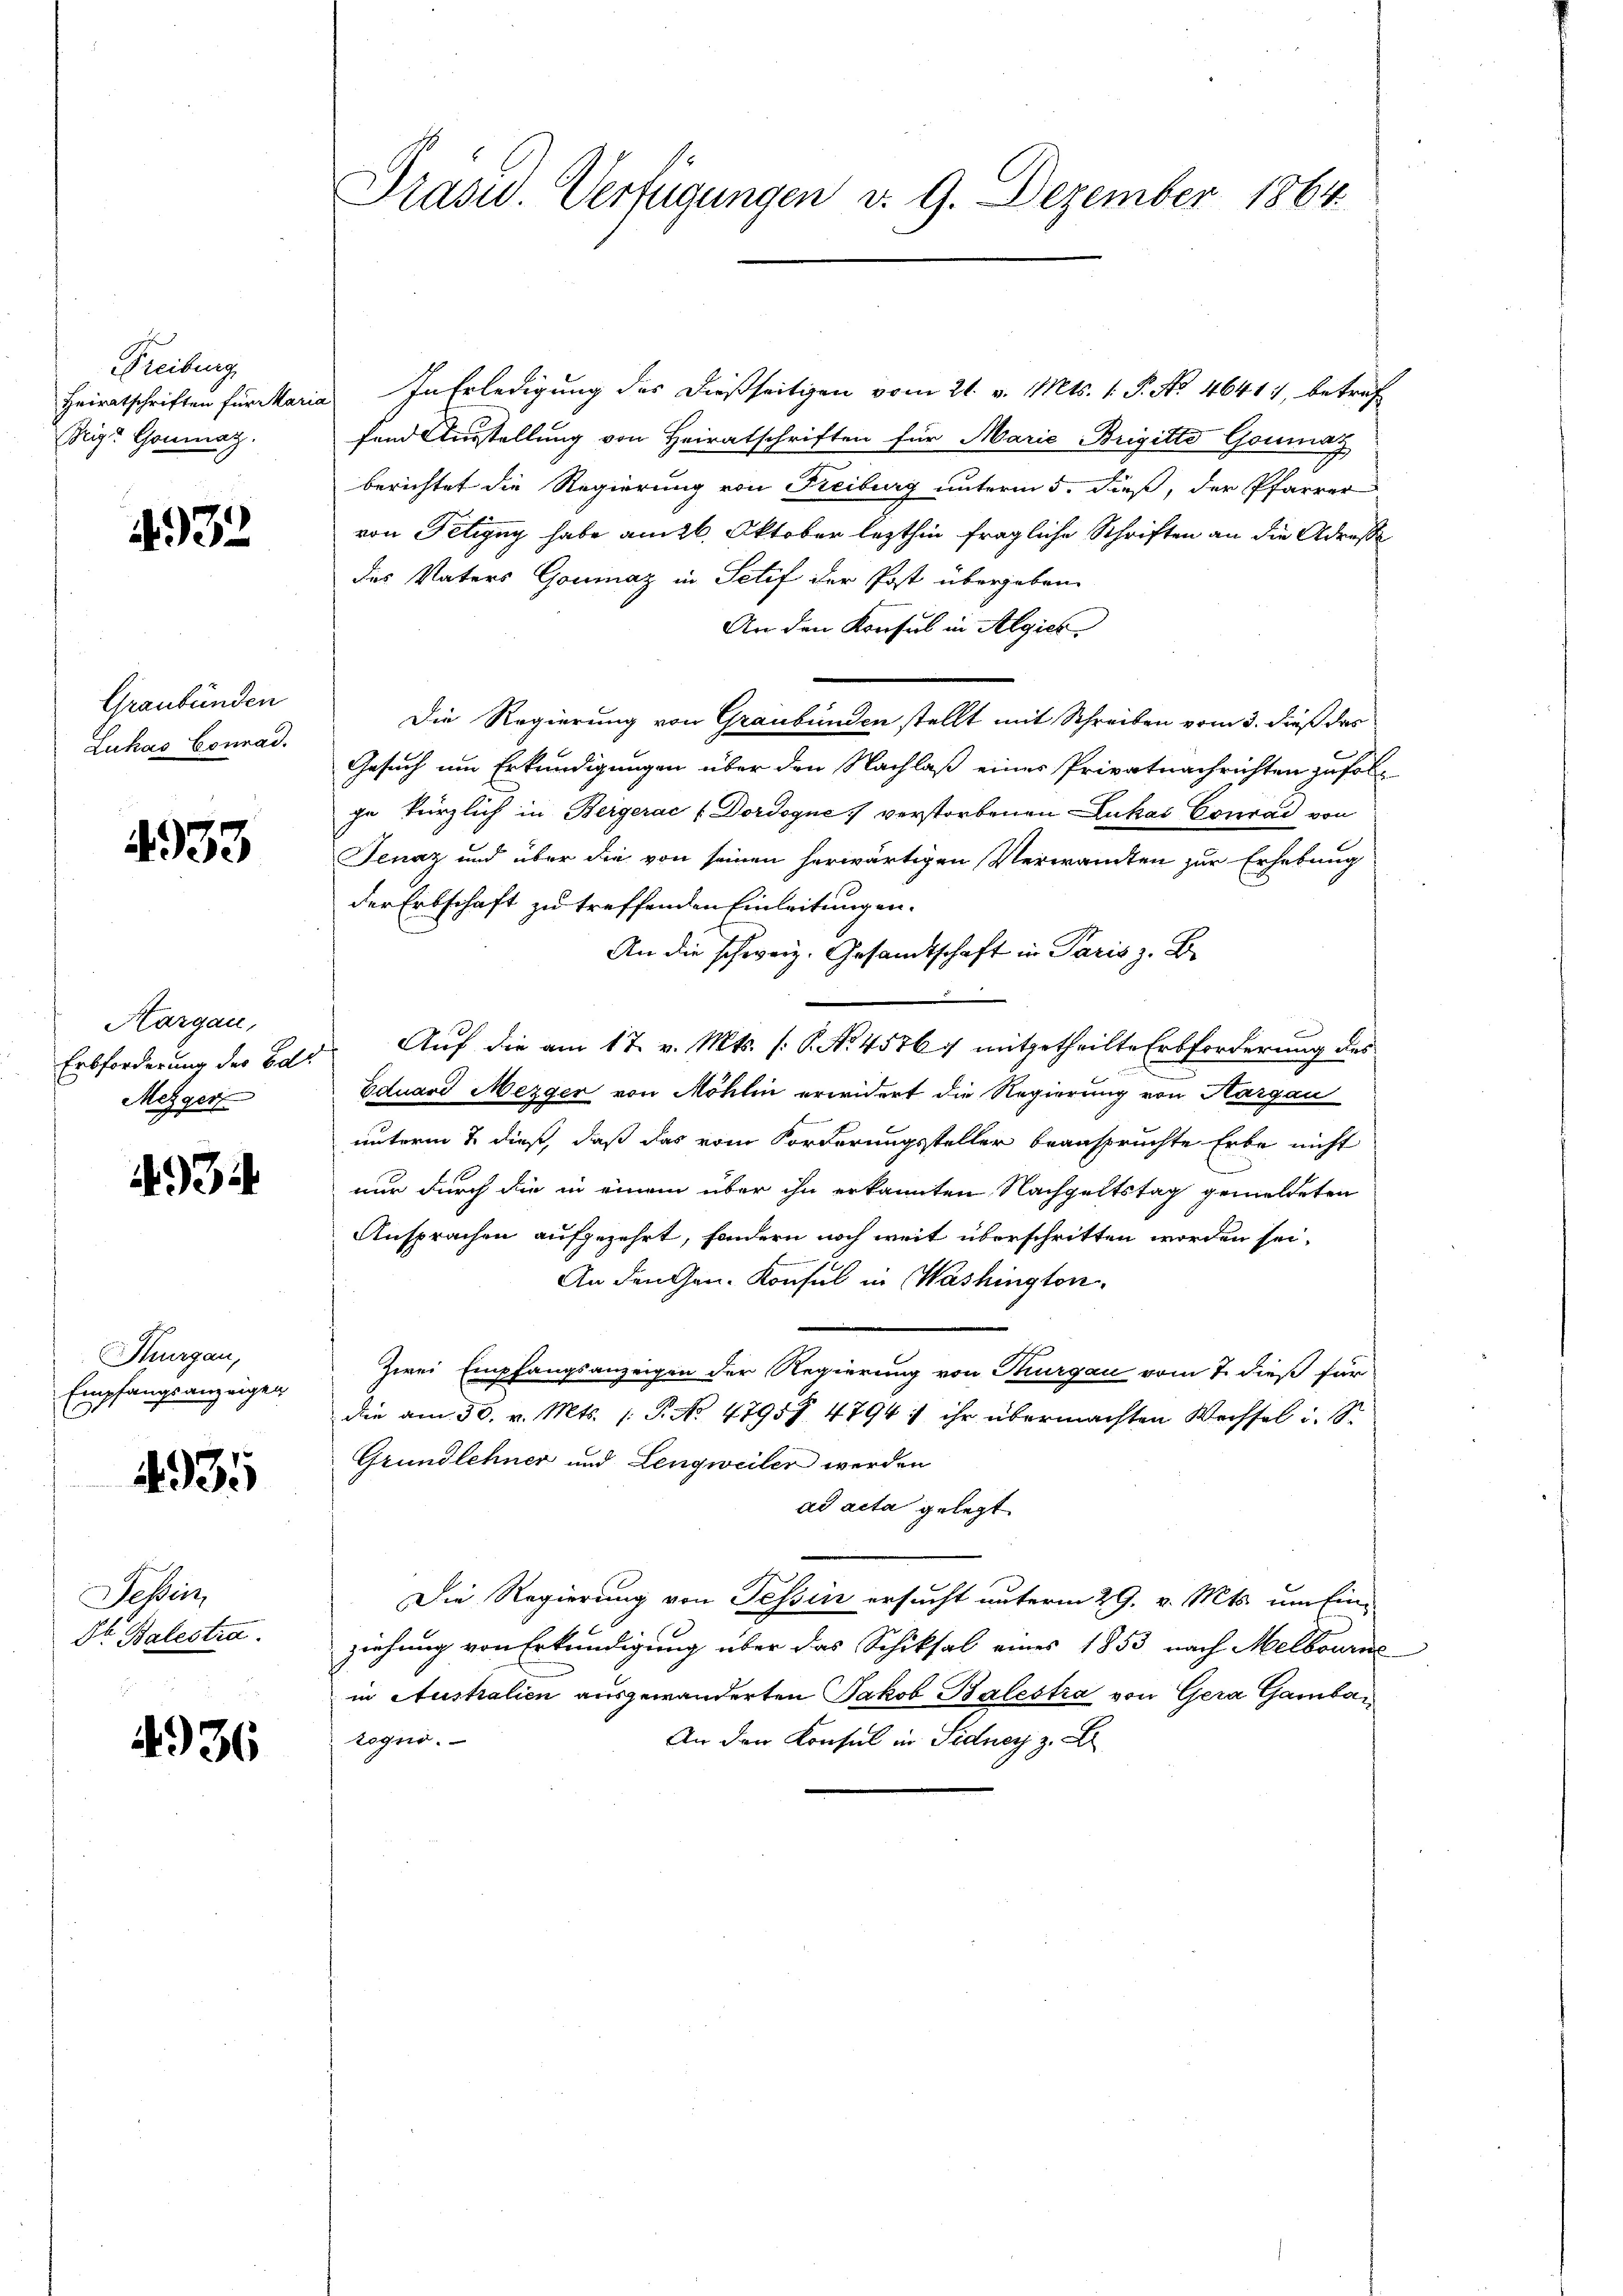
Freiburg
Heiratschriften für Marie
Teig: Gonmag.

4932

Graubünden
Lukas Conrad

4933

Hargau,
Erbforderung des Bd.
Metzger

3

Thurgau,
Empfangsanzeigen

4935

Tessin,
Dr. Balestra

4936

Prasw. Verfügungen v. 9. Dezember 1864.

In Erledigung des dießseitigen vom 21. v. Mts. 1. P. No. 4641), betref
fend Ausstellung von Heiratschriften für Marie Brigitte Goumaz
berichtet die Regierung von Freiburg unterm 5. dieß, der Pfarrer
von Petigny habe am 26. Oktober lezthin fragliche Schriften an die Adresse
des Vaters Goumaz in Setif der Post übergeben
An den Konsul in Algies
Die Regierung von Graubünden stellt mit Schreiben vom 3. dieß das
Gesuch um Erkundigungen über den Nachlaß eines Privatnachrichten zufoljn kürzlich in Bergerae (Dordogne verstorbenen Lukas Conrad von
Jenaz und über die von seinen herwärtigen Verwandten zur Erhebung
der Erbschaft zu treffenden Einleitungen.
An die schweiz. Gesandtschaft in Paris z. B.
.
Auf die am 17. v. Mts. (: P. No. 4576 f mitgetheilte Erbforderung des
Eduard Mezger von Möhlin erwidert die Regierung von Aargau
unterm 2. dieß, daß das vom Forderungsteller beanspruchte Erbe nicht
nur durch die in einem über ihn erkannten Nachgeltstag gemeldeten
Ansprachen aufgezehrt, sondern noch weit überschritten worden sei,
An den Gen. Konsul in Washington
Zwei Empfangsanzeigen der Regierung von Thurgau vom 7. dieß für
die am 30. v. Mts. 1. P. No 47957. 4794 ; ihr übermachten Wechsel u.
Grundlehner und Lengweiler werden
ad acta gelegt
Die Regierung von Tessin ersucht unterm 29. v. Mts. um finziehung von Erkundigung über das Schiksal eines 1853 nach Melbourne
in Australien ausgewanderten Jakob Balestra von Gera Gambarogno.
An den Konsul in Sidner z. B